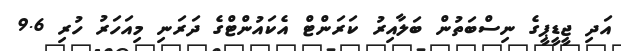
އަދި ޖީޑީޕީގެ ނިސްބަތުން ބަލާއިރު ކަރަންޓް އެކައުންޓްގެ ދަރަނި މިއަހަރު ހުރި 9.6